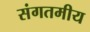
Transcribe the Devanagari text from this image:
संगतमीय